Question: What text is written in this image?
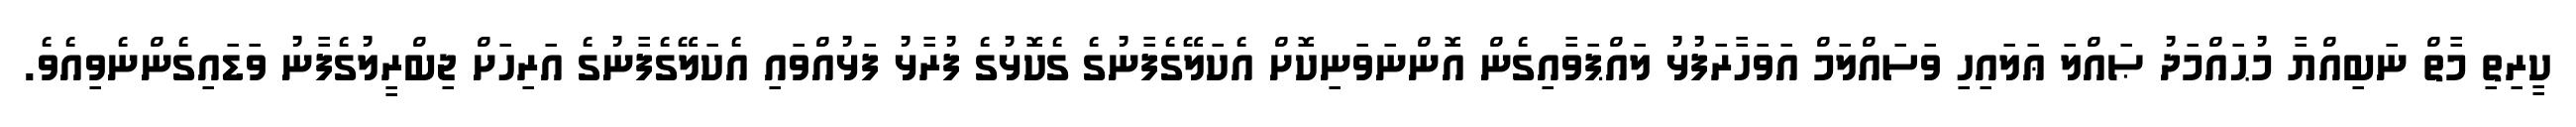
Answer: ކީރިތި މާތް ނަބިއްޔާ މުޙައްމަދު ޞައްލަ ޢަލައިހި ވަސައްލަމް އަވަހާރަފުޅު ލައްޕަވާއިގެން އޮންނަވަނިކޮށް އެކަލޭގެފާނުގެ ގެކޮޅުގެ ފުރާޅު ފަޅުއްވައި އެކަލޭގެފާނުގެ އަރިހަށް ޖިބްރީލުގެފާނު ވަޑައިގެންނެވިއެވެ.